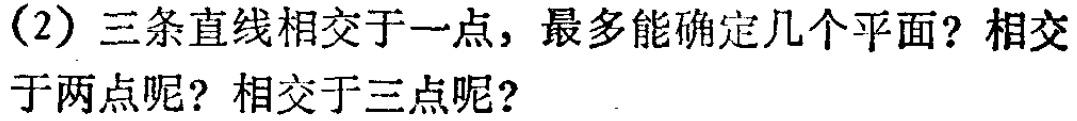
(2) 三条直线相交于一点，最多能确定几个平面？相交于两点呢？相交于三点呢？